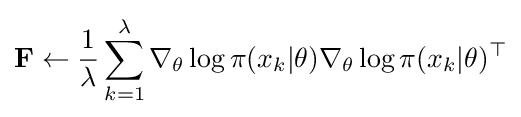
\mathbf {F} \leftarrow {\frac {1}{\lambda }}\sum _{k=1}^{\lambda }\nabla _{\theta }\log \pi (x_{k}|\theta )\nabla _{\theta }\log \pi (x_{k}|\theta )^{\top }